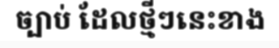
ច្បាប់ ដែលថ្មីៗនេះខាង